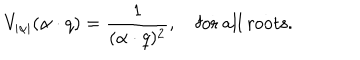
V _ { | \alpha | } ( \alpha \cdot q ) = { \frac { 1 } { ( \alpha \cdot q ) ^ { 2 } } } , \quad \mathrm { f o r ~ a l l ~ r o o t s } .